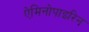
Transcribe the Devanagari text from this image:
ऐमिनोपाइरिन